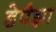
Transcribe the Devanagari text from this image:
डेपैझा